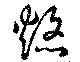
焔